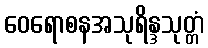
ဝေရောစနအသုရိန္ဒသုတ္တံ